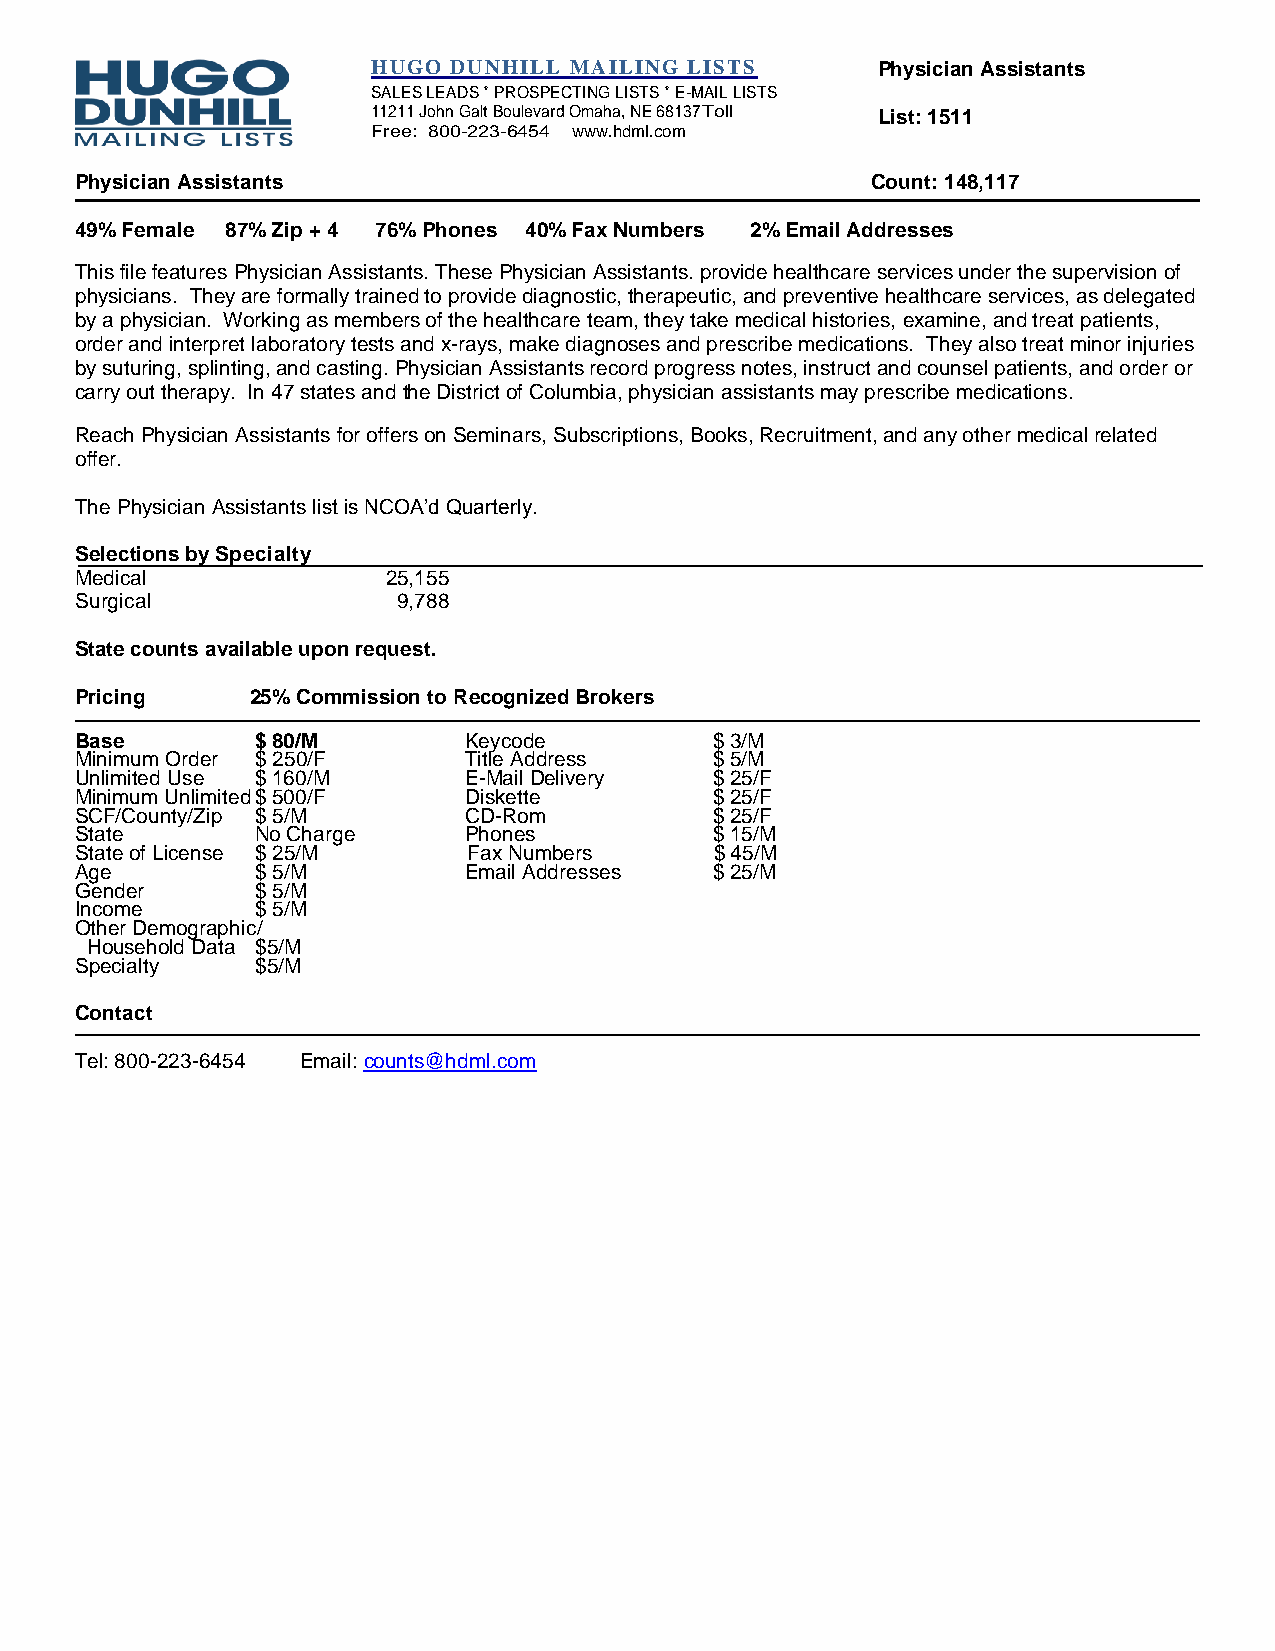
HUGO DUNHILL MAILING LISTS       Physician Assistants
 SALES LEADS * PROSPECTING LISTS * E-MAIL LISTS
 11211 John Galt Boulevard Omaha, NE 68137Toll List: 1511
 Free: 800-223-6454 www.hdml.com
 Physician Assistants                                 Count: 148,117
 49% Female 87% Zip + 4 76% Phones 40% Fax Numbers 2% Email Addresses
 This file features Physician Assistants. These Physician Assistants. provide healthcare services under the supervision of
 physicians. They are formally trained to provide diagnostic, therapeutic, and preventive healthcare services, as delegated
 by a physician. Working as members of the healthcare team, they take medical histories, examine, and treat patients,
 order and interpret laboratory tests and x-rays, make diagnoses and prescribe medications. They also treat minor injuries
 by suturing, splinting, and casting. Physician Assistants record progress notes, instruct and counsel patients, and order or
 carry out therapy. In 47 states and the District of Columbia, physician assistants may prescribe medications.
 Reach Physician Assistants for offers on Seminars, Subscriptions, Books, Recruitment, and any other medical related
 offer.
 The Physician Assistants list is NCOA’d Quarterly.
 Selections by Specialty
 Medical              25,155
 Surgical             9,788
 State counts available upon request.
 Pricing     25% Commission to Recognized Brokers
 Base        $ 80/M        Keycode         $ 3/M
 Minimum Order $ 250/F     Title Address   $ 5/M
 Unlimited Use $ 160/M     E-Mail Delivery $ 25/F
 Minimum Unlimited $ 500/F Diskette        $ 25/F
 SCF/County/Zip $ 5/M      CD-Rom          $ 25/F
 State       No Charge     Phones          $ 15/M
 State of License $ 25/M   Fax Numbers     $ 45/M
 Age         $ 5/M         Email Addresses $ 25/M
 Gender      $ 5/M
 Income      $ 5/M
 Other Demographic/
 Household Data $5/M
 Specialty   $5/M
 Contact
 Tel: 800-223-6454 Email: counts@hdml.com